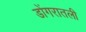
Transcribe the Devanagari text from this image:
डोंगरातली